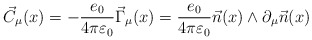
\begin{align*}\vec{C}_{\mu}(x)=-\frac{e_0}{4\pi \varepsilon_0} \vec{\Gamma}_{\mu}(x)=\frac{e_0}{4\pi \varepsilon_0} \vec{n}(x)\wedge\partial_{\mu}\vec{n}(x)\end{align*}